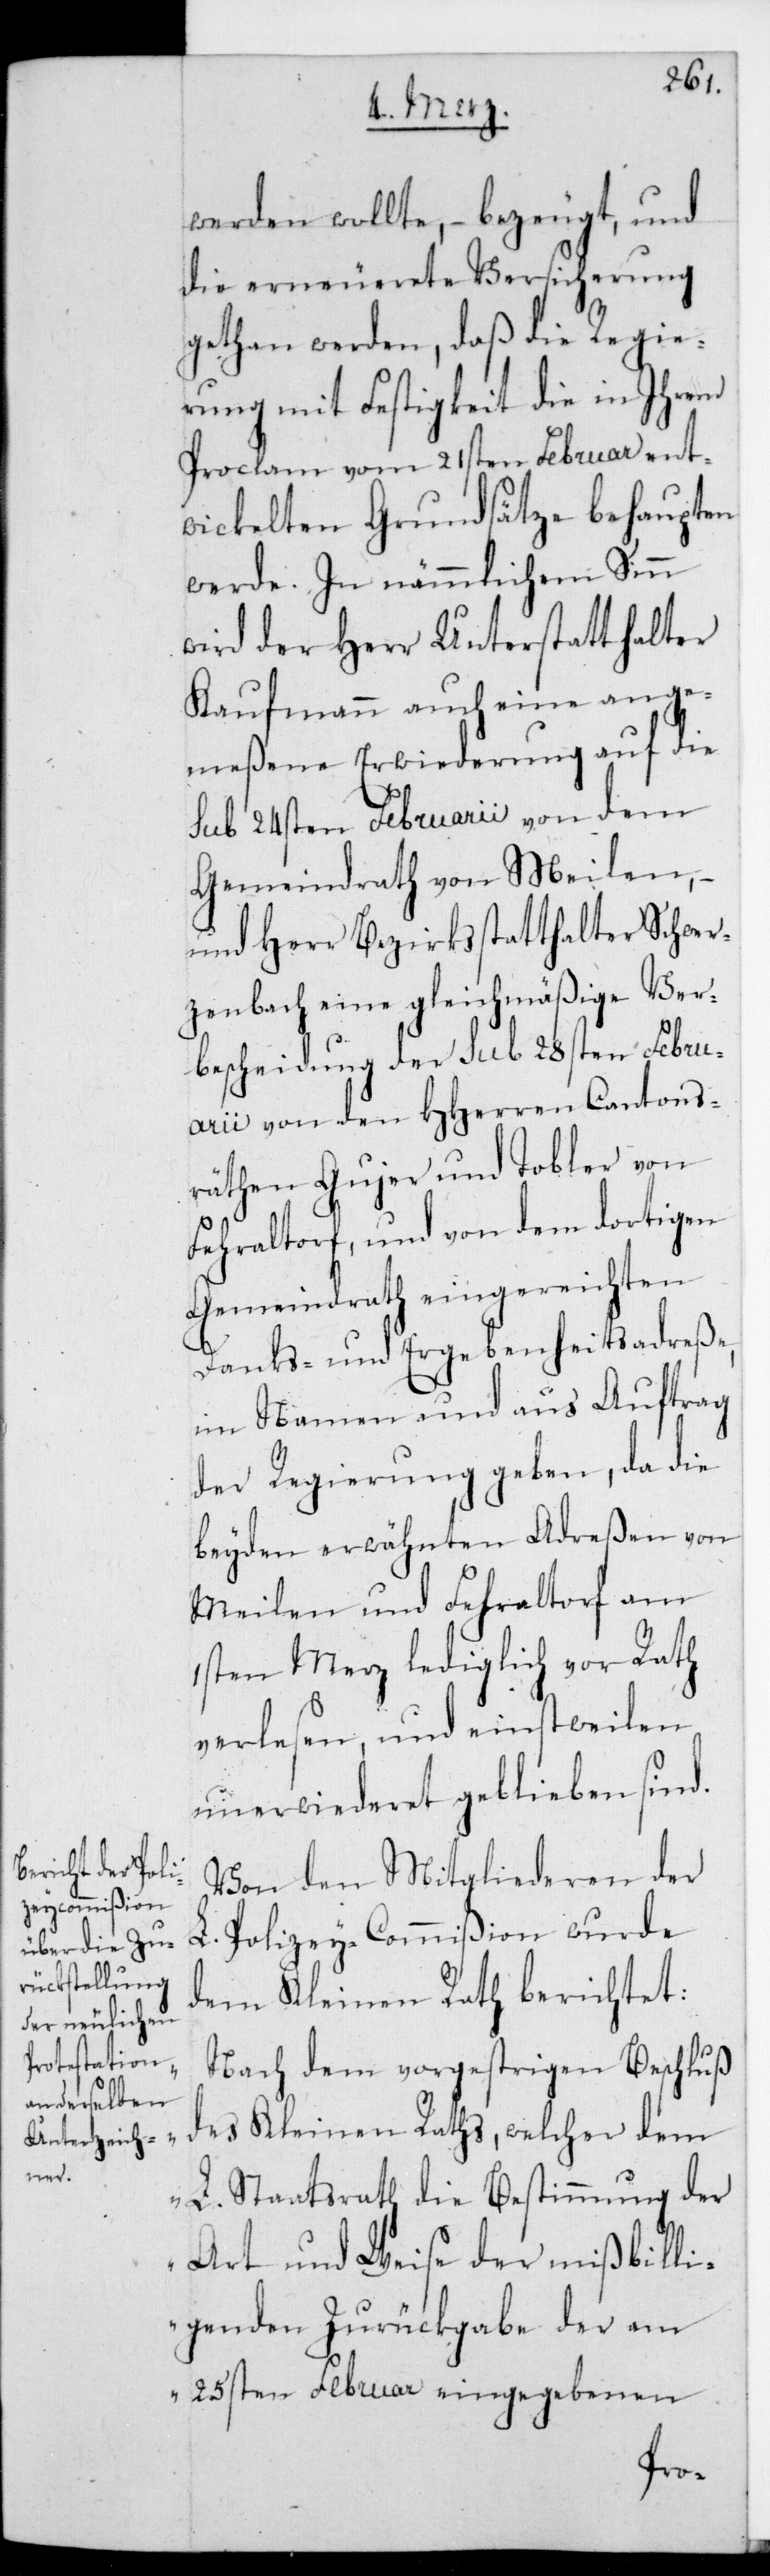
werden wollte, – bezeugt, und
die erneuerete Versicherung
gethan werden, daß die Regie¬
rung mit Festigkeit die in ihrem
Proclam vom 21sten Februar ent¬
wickelten Grundsätze behaupten
werde. In nämmlichem Sinn
wird der Herr Unterstatthalter
Kaufmann auch eine ange¬
meßene Erwiderung auf die
sub 24sten Februarii von dem
Gemeindrath von Meilen, –
und Herr Bezirksstatthalter Schwer¬
zenbach eine gleichmäßige Ver¬
bscheidung der sub 28sten Febru¬
arii von den HHerren Cantons¬
räthen Gujer und Tobler von
Fehraltorf, und von dem dortigen
Gemeindrath eingereichten
Danks- und Ergebenheitsadreße
im Namen und aus Auftrag
der Regierung geben, da die
beyden erwähnten Adreßen von
Meilen und Fehraltorf am
1sten Merz lediglich vor Rath
verlesen, und einstweilen
unerwiederet geblieben sind.
Von den Mitgliederen der
L. Polizey-Commißion wurde
dem Kleinen Rath berichtet:
Nach dem vorgestrigen Beschluß
des Kleinen Raths, welcher dem
L. Staatsrath die Bestimmung der
Art und Weise der mißbilli¬
genden Zurückgabe der am
25sten Februar eingegebenen